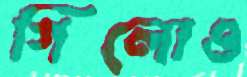
গিলোও